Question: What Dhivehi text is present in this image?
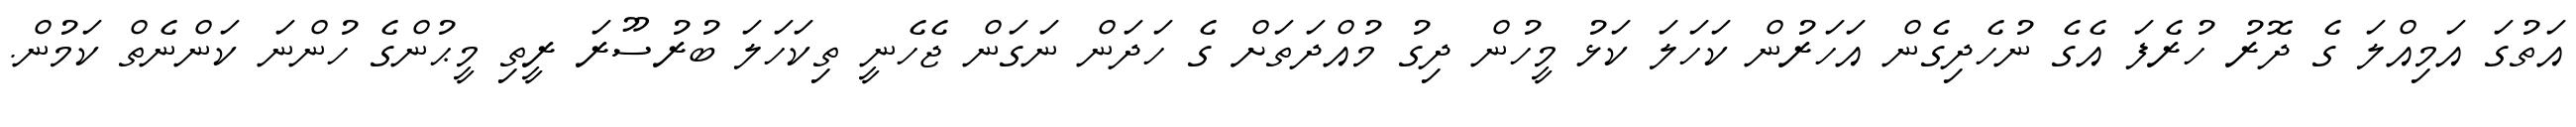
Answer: އަތުގަ އަމިއްލަ ގެ ދޮރު ހުރެފަ އެގެ ނުހެދިގެން އަހަރުން ކަހަލަ ކަޅު މީހުން ދިގު މުއްދަތަށް ގެ ހަދަން ނަގަން ޖެހެނީ ތިކަހަލަ ބުރުސޫރަ ރީތި މީޙުންގެ ހުންނަ ކަންނެތް ކަމުން.